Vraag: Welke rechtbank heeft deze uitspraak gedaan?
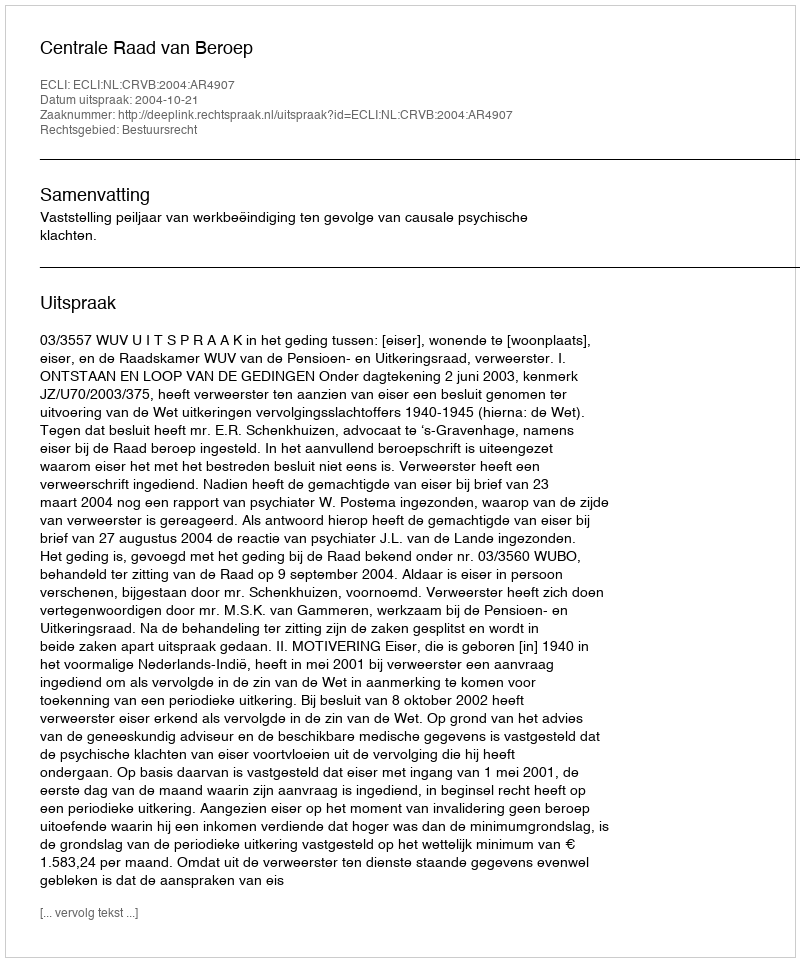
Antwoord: Centrale Raad van Beroep